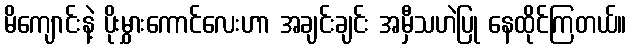
မိကျောင်းနဲ့ ပိုးမွှားကောင်လေးဟာ အချင်းချင်း အမှီသဟဲပြု နေထိုင်ကြတယ်။